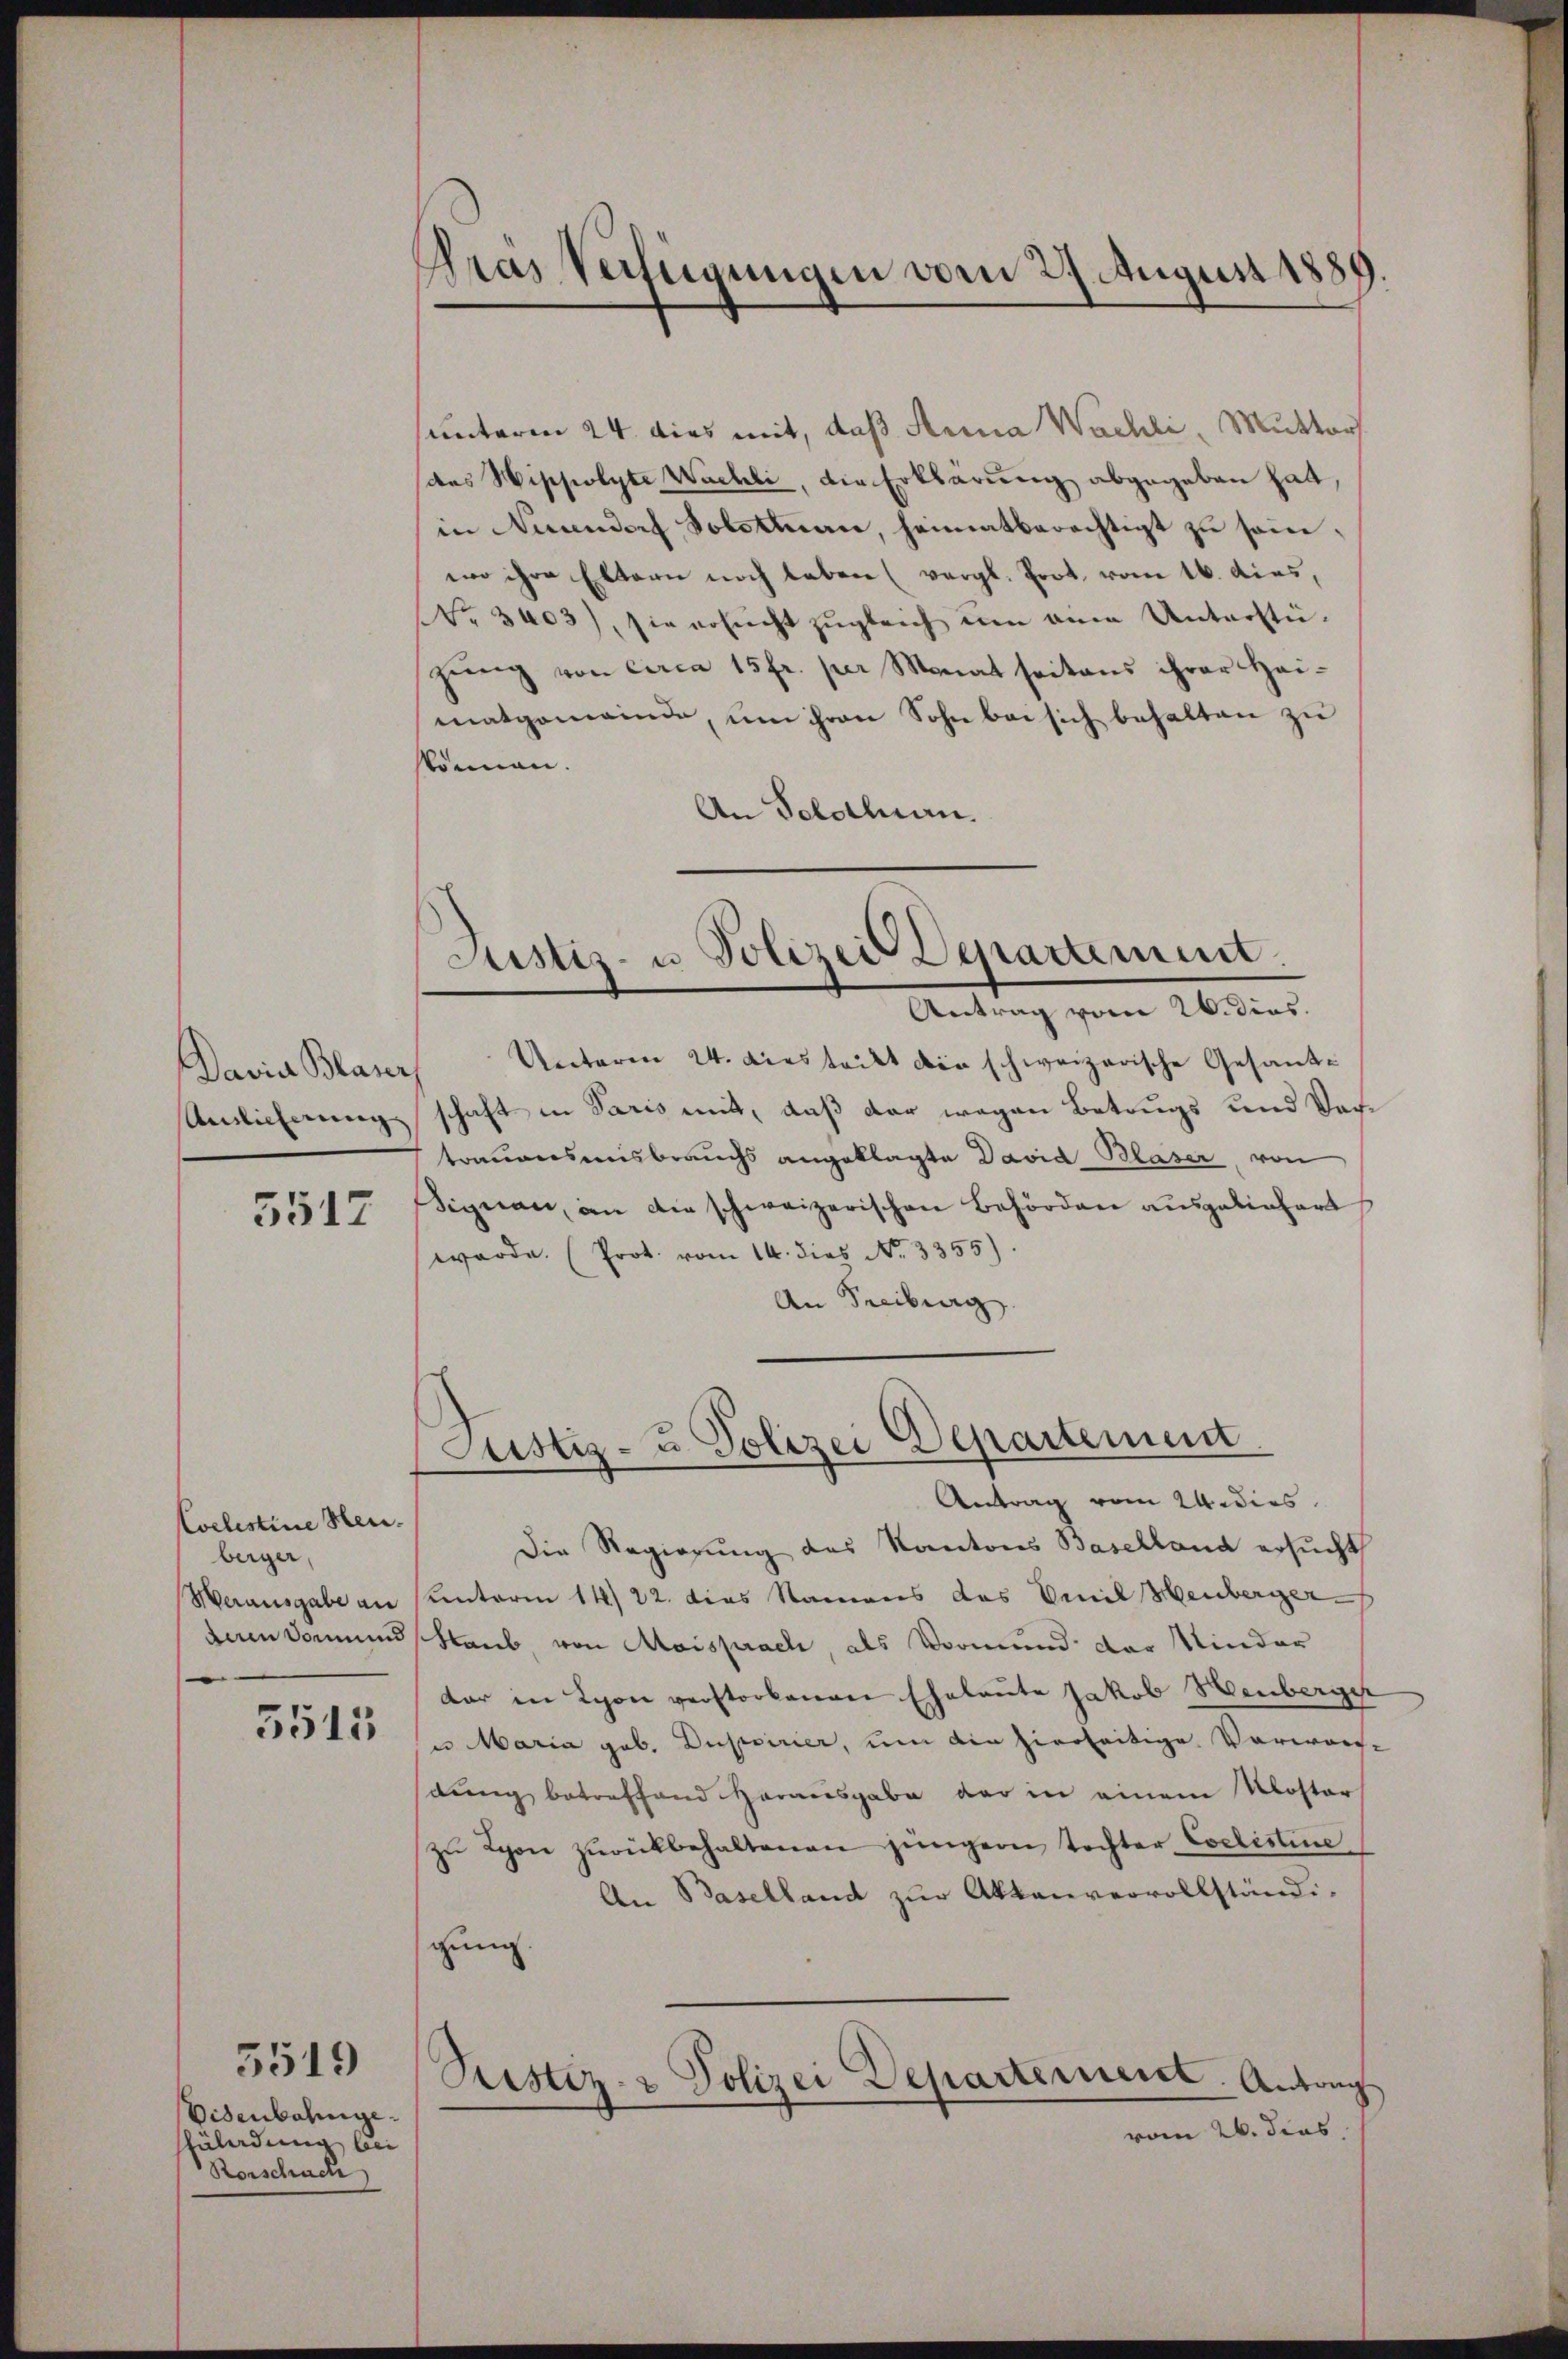
Davia Blauch
Ainlicherung |

5517

Coelestine Heuberger,
Merausgabe an
dum domund

5515

Eisenbahnge.
üladung bei
Rorschach

5519

Pras Verfügungen vom 27. August 1889.

sunterm 24 dies mit, daß Anna Wachli, Mutter
das Hippolyte Wachli, die Erklärung abgegeben hat,
in Nuandorf Solotmann, heimatberechtigt zŭ sei,
wo ihre Eltern noch leben (vergl. Prot. vom 16. dies,
Nr. 3403), sie ersŭcht zŭgleich ŭm eine Unterstü-
zŭng von circa 15 fr. per Monat seitens ihrer Hai-
matgemeinde, um ihren Sohn bei sich behalten zu
skönnen.
An Scholen.

Justiz- u Polizei Departement

Justiz- u. Polizei Departement
Antrag vom 24. dies

Antrag vom 26. dies.
Unterm 24. dies teilt die schweizerische Gesandschaft in Paris mit, daß der wegen Betrugs und Vertrauensmisbrauchs angeklagte David Blaser, von
ignau, an die schweizerischen Behörden ausgeliefert
werde. (Prot. vom 14. dies No. 3355).
An Freiburg

Die Regierung des Kantons Baselland ersucht
Unterm 14/22. dies Namens das Emil Henberger
shlaub, von Moisprach, als Vormund der Minder
der in Lyon verstorbenen Eheleute Jakob Henberger
si Maria geb. Dupoirier, um die hierseitige Vorwor-
dung betreffend Herausgabe der in einem Kloster
zŭ Lyon zŭrückbehaltenen jüngere Tochter Coelistine
An Baselland zur Aktenvervollständi-
gung.
Rustiz- & Polizei Departerient. Antrag
vom 26. dies